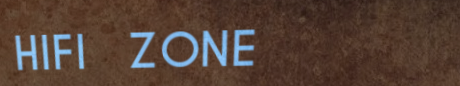
HIFI ZONE